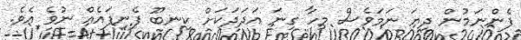
ފެންނަމުން ދިޔަ ނަމަވެސް މިހާ ގިނަ އަދަދަކަށް ކިނބޫ ފެނިފައެއް ނުވެ އެވެ.